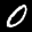
Label: 0